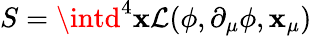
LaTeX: S=\intd^{4}\mathbf{x}\mathcal{{L}}(\phi,\partial_{\mu}\phi,\mathbf{x}_{\mu})